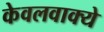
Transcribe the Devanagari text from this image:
केवलवाक्ये